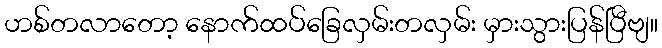
ဟစ်တလာတော့ နောက်ထပ်ခြေလှမ်းတလှမ်း မှားသွားပြန်ပြီဗျ။